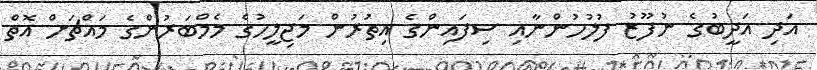
އަދި އަދީބުގެ ނުފޫޒު ފުލުހުންނާއި ސިފައިންގެ އިތުރުން މަޖިލީހުގެ މެމްބަރުންގެ މައްޗަށް އޮތް